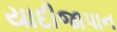
યાદીજાપાન